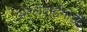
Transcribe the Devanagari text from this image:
अरलवाईमोड़ी